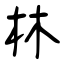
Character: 林